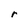
Character: r